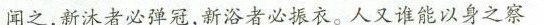
闻之，新沐者必弹冠，新浴者必振衣。人又谁能以身之察